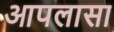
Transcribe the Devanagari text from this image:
आपलासा